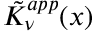
\tilde { K } _ { \nu } ^ { a p p } ( x )